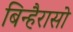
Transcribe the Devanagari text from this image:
बिन्हैरासो